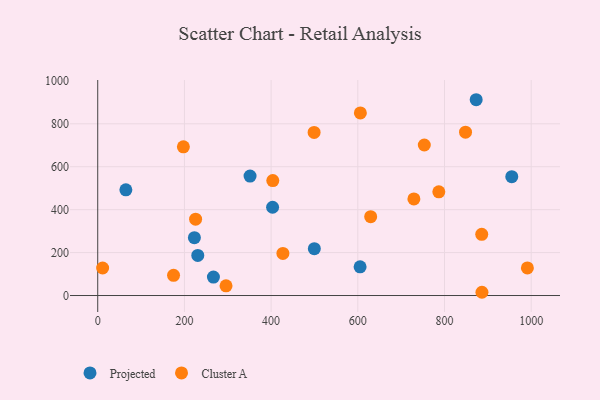
{"axis": {"x": "Speed", "y": "Sales"}, "legend": ["Cluster A", "Projected"], "data": [{"x": "873.1", "y": 912.2, "type": "Projected"}, {"x": "955.2", "y": 553.5, "type": "Projected"}, {"x": "403.4", "y": 411.2, "type": "Projected"}, {"x": "223.0", "y": 269.4, "type": "Projected"}, {"x": "64.9", "y": 492.5, "type": "Projected"}, {"x": "605.3", "y": 133.9, "type": "Projected"}, {"x": "266.9", "y": 85.7, "type": "Projected"}, {"x": "499.7", "y": 218.2, "type": "Projected"}, {"x": "230.8", "y": 186.9, "type": "Projected"}, {"x": "351.4", "y": 556.3, "type": "Projected"}, {"x": "886.4", "y": 15.1, "type": "Cluster A"}, {"x": "427.2", "y": 196.0, "type": "Cluster A"}, {"x": "786.9", "y": 483.3, "type": "Cluster A"}, {"x": "885.9", "y": 285.3, "type": "Cluster A"}, {"x": "174.9", "y": 93.9, "type": "Cluster A"}, {"x": "629.7", "y": 367.3, "type": "Cluster A"}, {"x": "848.5", "y": 760.8, "type": "Cluster A"}, {"x": "225.8", "y": 355.7, "type": "Cluster A"}, {"x": "991.2", "y": 128.6, "type": "Cluster A"}, {"x": "296.0", "y": 45.2, "type": "Cluster A"}, {"x": "729.4", "y": 450.1, "type": "Cluster A"}, {"x": "753.4", "y": 701.2, "type": "Cluster A"}, {"x": "605.9", "y": 850.7, "type": "Cluster A"}, {"x": "499.2", "y": 759.9, "type": "Cluster A"}, {"x": "197.6", "y": 692.7, "type": "Cluster A"}, {"x": "11.3", "y": 128.2, "type": "Cluster A"}, {"x": "403.9", "y": 535.4, "type": "Cluster A"}]}